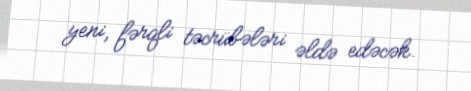
yeni, fərqli təcrübələri əldə edəcək.